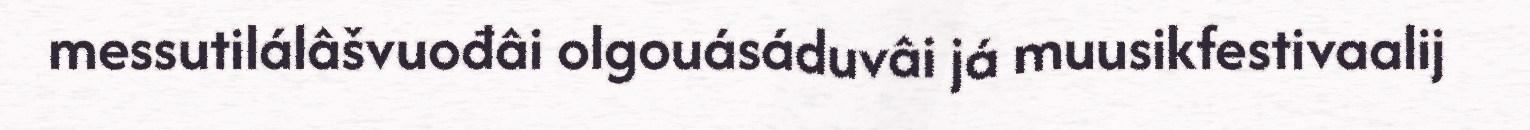
messutilálâšvuođâi olgouásáduvâi já muusikfestivaalij